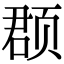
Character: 𫖳